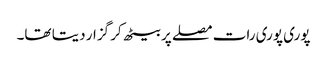
پوری پوری رات مصلے پر بیٹھ کر گزار دیتا تھا۔